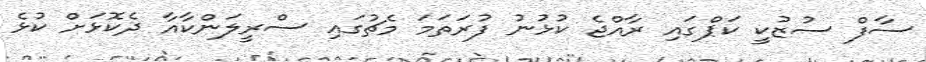
ސާފް ސުޒުކީ ކަޕްގައި ރާއްޖެ ކުޅުނު ފުރަތަމަ މެޗުގައި ސްރީލަންކާއާ ދެކޮޅަށް ކުޅެ